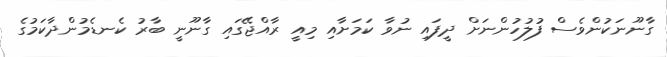
ގާނޫނަކުންވެސް ފުލުހުންނަށް ދީފައި ނުވާ ކަމަށާއި މިއީ ރާއްޖޭގައި ގާނޫނީ ބާރު ކެނޑެމުންދާކަމުގެ